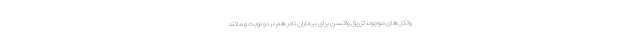
وتکل‌های موجود، تزریق واکسن برای بیماران نادر هم در دو نوبت و مانند